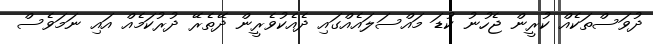
ދުވަސްތަކެއް ކުރީން ޖެހުނު ކުޑަ މައްސަލައެއްގައި ދެއެކުވެރީން ދޭތެރޭ ދުރުކަމެއް އައި ނަމަވެސް